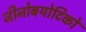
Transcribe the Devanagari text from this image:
जीनोबयोटिकों